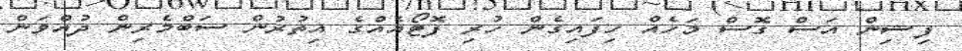
ފިޝިން އަސް ގޮސް މަހެއް ހިފައިގެން ހުރި ފޮޓޯއެއްގެ އިތުރުން ސަބްމެރިން ދުއްވަން